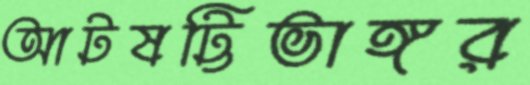
আটষট্টিভাঙ্গর